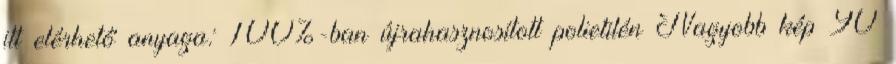
itt elérhető anyaga: 100%-ban újrahasznosított polietilén Nagyobb kép 90